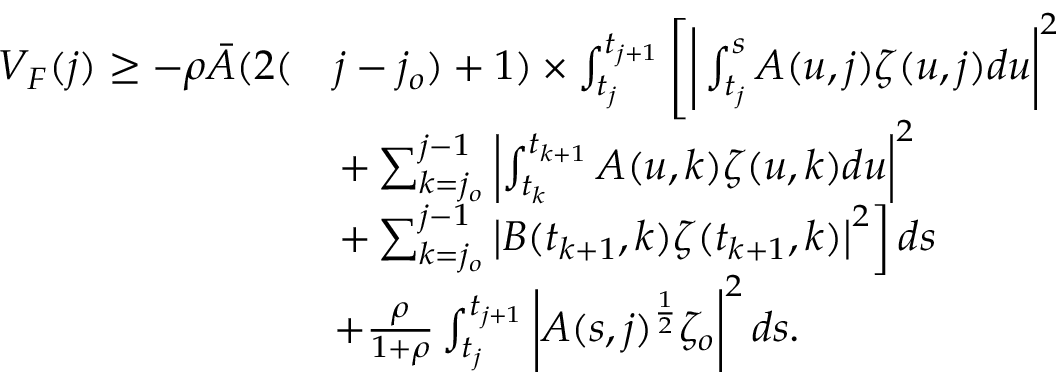
\begin{array} { r l } { V _ { F } ( j ) \geq - \rho \bar { A } ( 2 ( } & { j - j _ { o } ) + 1 ) \times \int _ { t _ { j } } ^ { t _ { j + 1 } } \left[ \bigg | \int _ { t _ { j } } ^ { s } A ( u , j ) \zeta ( u , j ) d u \bigg | ^ { 2 } \right. } \\ & { \left. + \sum _ { k = j _ { o } } ^ { j - 1 } \left| \int _ { t _ { k } } ^ { t _ { k + 1 } } A ( u , k ) \zeta ( u , k ) d u \right| ^ { 2 } \right. } \\ & { \left. + \sum _ { k = j _ { o } } ^ { j - 1 } \left| B ( t _ { k + 1 } , k ) \zeta ( t _ { k + 1 } , k ) \right| ^ { 2 } \right] d s } \\ & { + \frac { \rho } { 1 + \rho } \int _ { t _ { j } } ^ { t _ { j + 1 } } \left| A ( s , j ) ^ { \frac { 1 } { 2 } } \zeta _ { o } \right| ^ { 2 } d s . } \end{array}